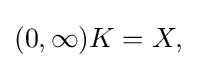
{\textstyle (0,\infty )K=X,}